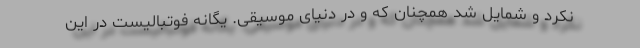
نکرد و شمایل شد همچنان که و در دنیای موسیقی. یگانه فوتبالیست در این